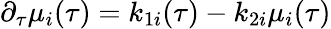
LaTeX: \partial_{\tau}\mu_{i}(\tau)=k_{1i}(\tau)-k_{2i}\mu_{i}(\tau)